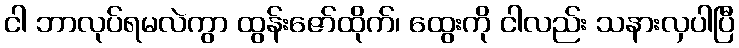
ငါ ဘာလုပ်ရမလဲကွာ ထွန်းဇော်ထိုက်၊ ထွေးကို ငါလည်း သနားလှပါပြီ